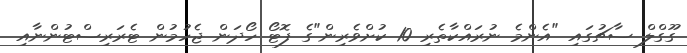
ގޫގްލް ސާޗުގައި "އެންމެ ނުރައްކާތެރި 10 ކުށްވެރިން"ގެ ފޮޓޯ ހޯދަން ޖެހުމުން ޓެރަރިސްޓުންނާއި